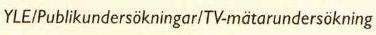
YLE/Publikundersökningar/TV-mätarundersökning